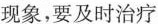
现象，要及时治疗